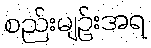
စည်းမျဉ်းအရ